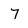
Character: 7